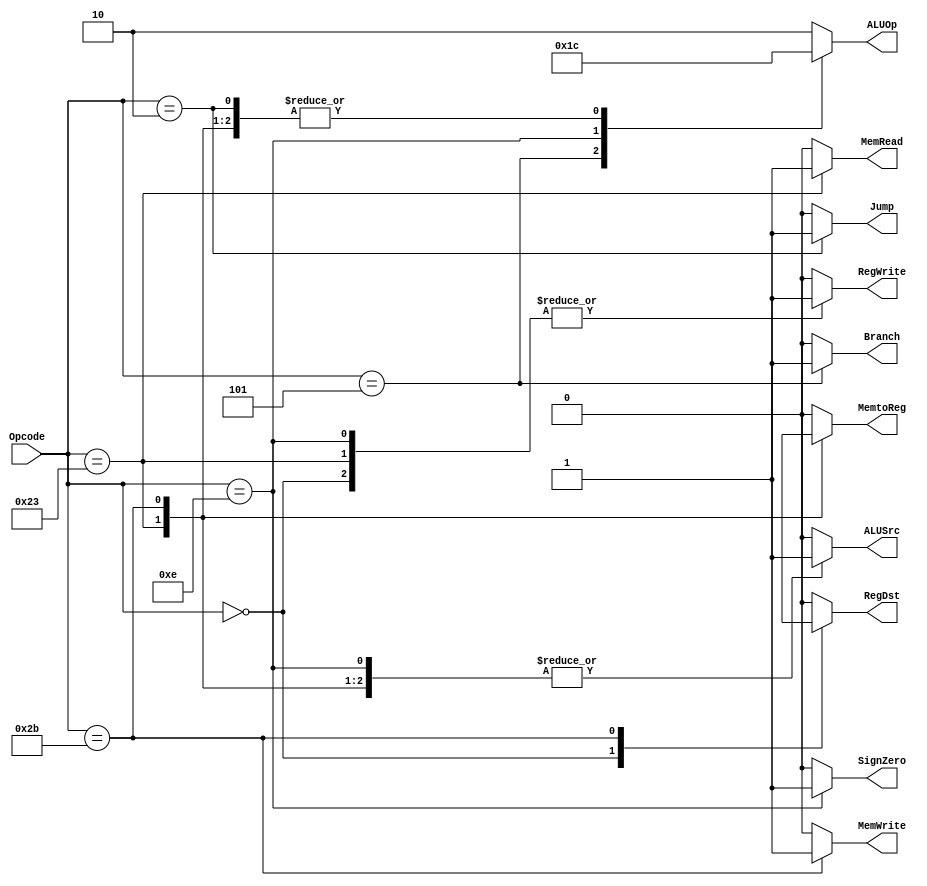
`timescale 1 ps / 100 fs
// fpga4student.com: FPGA projects, Verilog Projects, VHDL projects
// Verilog project: 32-bit 5-stage Pipelined MIPS Processor in Verilog 
// Control unit
module Control(
RegDst,
ALUSrc,
MemtoReg,
RegWrite,
MemRead,
MemWrite,
Branch,
ALUOp,
Jump,
SignZero,
Opcode
);

output RegDst,ALUSrc,MemtoReg,RegWrite,MemRead,MemWrite,Branch,Jump,SignZero;
output [1:0] ALUOp;
input [5:0] Opcode;
reg RegDst,ALUSrc,MemtoReg,RegWrite,MemRead,MemWrite,Branch,Jump,SignZero;
reg [1:0] ALUOp;
always @(*)
casex (Opcode)
 6'b000000 : begin // R - type
     RegDst = 1'b1;
     ALUSrc = 1'b0;
     MemtoReg= 1'b0;
     RegWrite= 1'b1;
     MemRead = 1'b0;
     MemWrite= 1'b0;
     Branch = 1'b0;
     ALUOp = 2'b10;
     Jump = 1'b0;
     SignZero= 1'b0;
    end
 6'b100011 : begin // lw - load word
     RegDst = 1'b0;
     ALUSrc = 1'b1;
     MemtoReg= 1'b1;
     RegWrite= 1'b1;
     MemRead = 1'b1;
     MemWrite= 1'b0;
     Branch = 1'b0;
     ALUOp = 2'b00;
     Jump = 1'b0;
     SignZero= 1'b0; // sign extend
    end
 6'b101011 : begin // sw - store word
     RegDst = 1'bx;
     ALUSrc = 1'b1;
     MemtoReg= 1'bx;
     RegWrite= 1'b0;
     MemRead = 1'b0;
     MemWrite= 1'b1;
     Branch = 1'b0;
     ALUOp = 2'b00;
     Jump = 1'b0;
     SignZero= 1'b0;
    end
 6'b000101 : begin // bne - branch if not equal
     RegDst = 1'b0;
     ALUSrc = 1'b0;
     MemtoReg= 1'b0;
     RegWrite= 1'b0;
     MemRead = 1'b0;
     MemWrite= 1'b0;
     Branch = 1'b1;
     ALUOp = 2'b01;
     Jump = 1'b0;
     SignZero= 1'b0; // sign extend
    end
 6'b001110 : begin // XORI - XOR immidiate
     RegDst = 1'b0;
     ALUSrc = 1'b1;
     MemtoReg= 1'b0;
     RegWrite= 1'b1;
     MemRead = 1'b0;
     MemWrite= 1'b0;
     Branch = 1'b0;
     ALUOp = 2'b11;
     Jump = 1'b0;
     SignZero= 1'b1; // zero extend
    end
 6'b000010 : begin // j - Jump
     RegDst = 1'b0;
     ALUSrc = 1'b0;
     MemtoReg= 1'b0;
     RegWrite= 1'b0;
     MemRead = 1'b0;
     MemWrite= 1'b0;
     Branch = 1'b0;
     ALUOp = 2'b00;
     Jump = 1'b1;
     SignZero= 1'b0;
    end
 default : begin 
     RegDst = 1'b0;
     ALUSrc = 1'b0;
     MemtoReg= 1'b0;
     RegWrite= 1'b0;
     MemRead = 1'b0;
     MemWrite= 1'b0;
     Branch = 1'b0;
     ALUOp = 2'b10;
     Jump = 1'b0;
     SignZero= 1'b0;
    end
 
endcase

endmodule